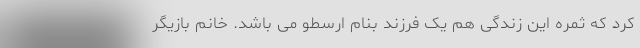
کرد که ثمره این زندگی هم یک فرزند بنام ارسطو می باشد. خانم بازیگر